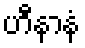
ဟီနာနံ